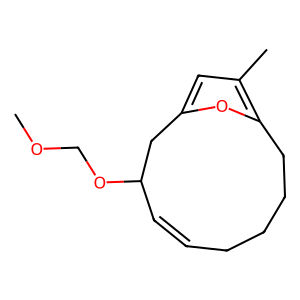
SMILES: COCOC1C=CCCCCc2oc(cc2C)C1
Inhibits HIV replication: No